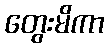
တွေးမိကာ